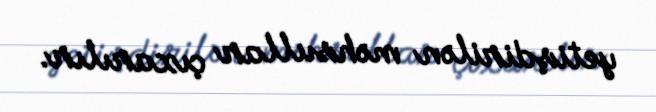
yetişdirilən məhsullar çıxarılır.